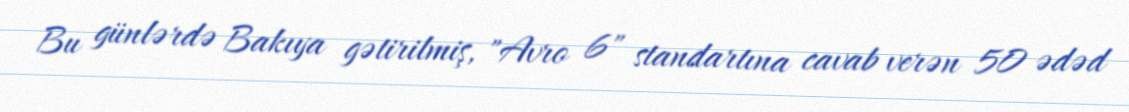
Bu günlərdə Bakıya gətirilmiş, "Avro 6" standartına cavab verən 50 ədəd